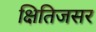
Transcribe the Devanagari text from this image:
क्षितिजसर